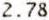
2.78